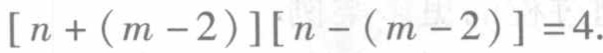
\[ [n + (m - 2)][n - (m - 2)] = 4. \]